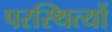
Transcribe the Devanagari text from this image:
परस्थित्यों